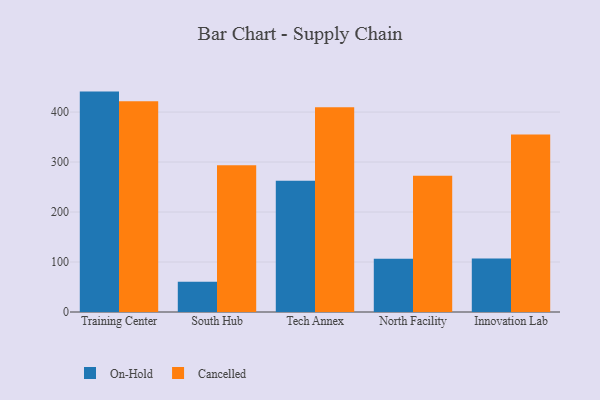
{"axis": {"x": "Campus", "y": "Inventory Turnover"}, "legend": ["Cancelled", "On-Hold"], "data": [{"x": "Training Center", "y": 440.9, "type": "On-Hold"}, {"x": "Training Center", "y": 421.4, "type": "Cancelled"}, {"x": "South Hub", "y": 60.6, "type": "On-Hold"}, {"x": "South Hub", "y": 293.4, "type": "Cancelled"}, {"x": "Tech Annex", "y": 262.5, "type": "On-Hold"}, {"x": "Tech Annex", "y": 409.8, "type": "Cancelled"}, {"x": "North Facility", "y": 106.3, "type": "On-Hold"}, {"x": "North Facility", "y": 272.6, "type": "Cancelled"}, {"x": "Innovation Lab", "y": 107.1, "type": "On-Hold"}, {"x": "Innovation Lab", "y": 355.3, "type": "Cancelled"}]}